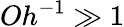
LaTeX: Oh^{-1}\gg 1